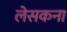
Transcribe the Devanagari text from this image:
लेसकना